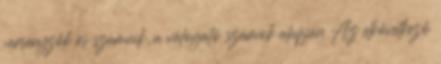
versenyzők és számaik, a válogató számok alapján Az elkövetkező